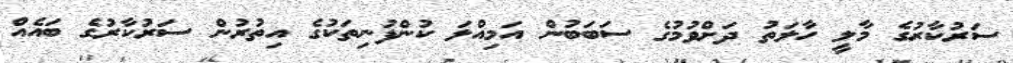
ސަރުކާރުގެ މާލީ ހާލަތު ދަށްވުމުގެ ސަބަބުން އަމިއްލަ ކުންފުނިތަކުގެ އިތުރުން ސަރުކާރުގެ ބައެއް